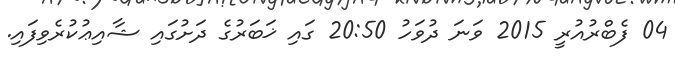
04 ފެބްރުއުރީ 2015 ވަނަ ދުވަހު 20:50 ގައި ޚަބަރުގެ ދަށުގައި ޝާއިޢުކުރެވިފައި.